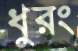
ধুরং